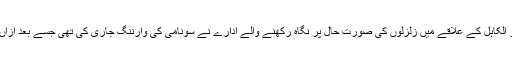
اس زلزلے کے بعد بحر الکاہل کے علاقے میں زلزلوں کی صورت حال پر نگاہ رکھنے والے ادارے نے سونامی کی وارننگ جاری کی تھی جسے بعد ازاں منسوخ کر دیا گیا ہے۔